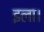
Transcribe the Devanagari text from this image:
इला।